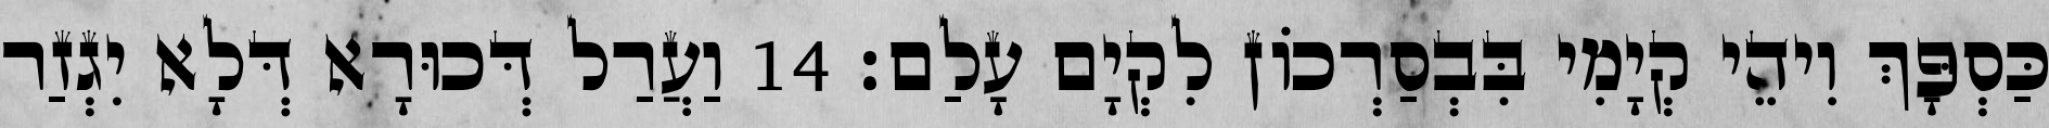
כַּסְפָּךְ וִיהֵי קְיָמִי בִּבְסַרְכוֹן לִקְיָם עָלַם׃ 14 וַעֲרַל דְּכוּרָא דְּלָא יִגְזַר